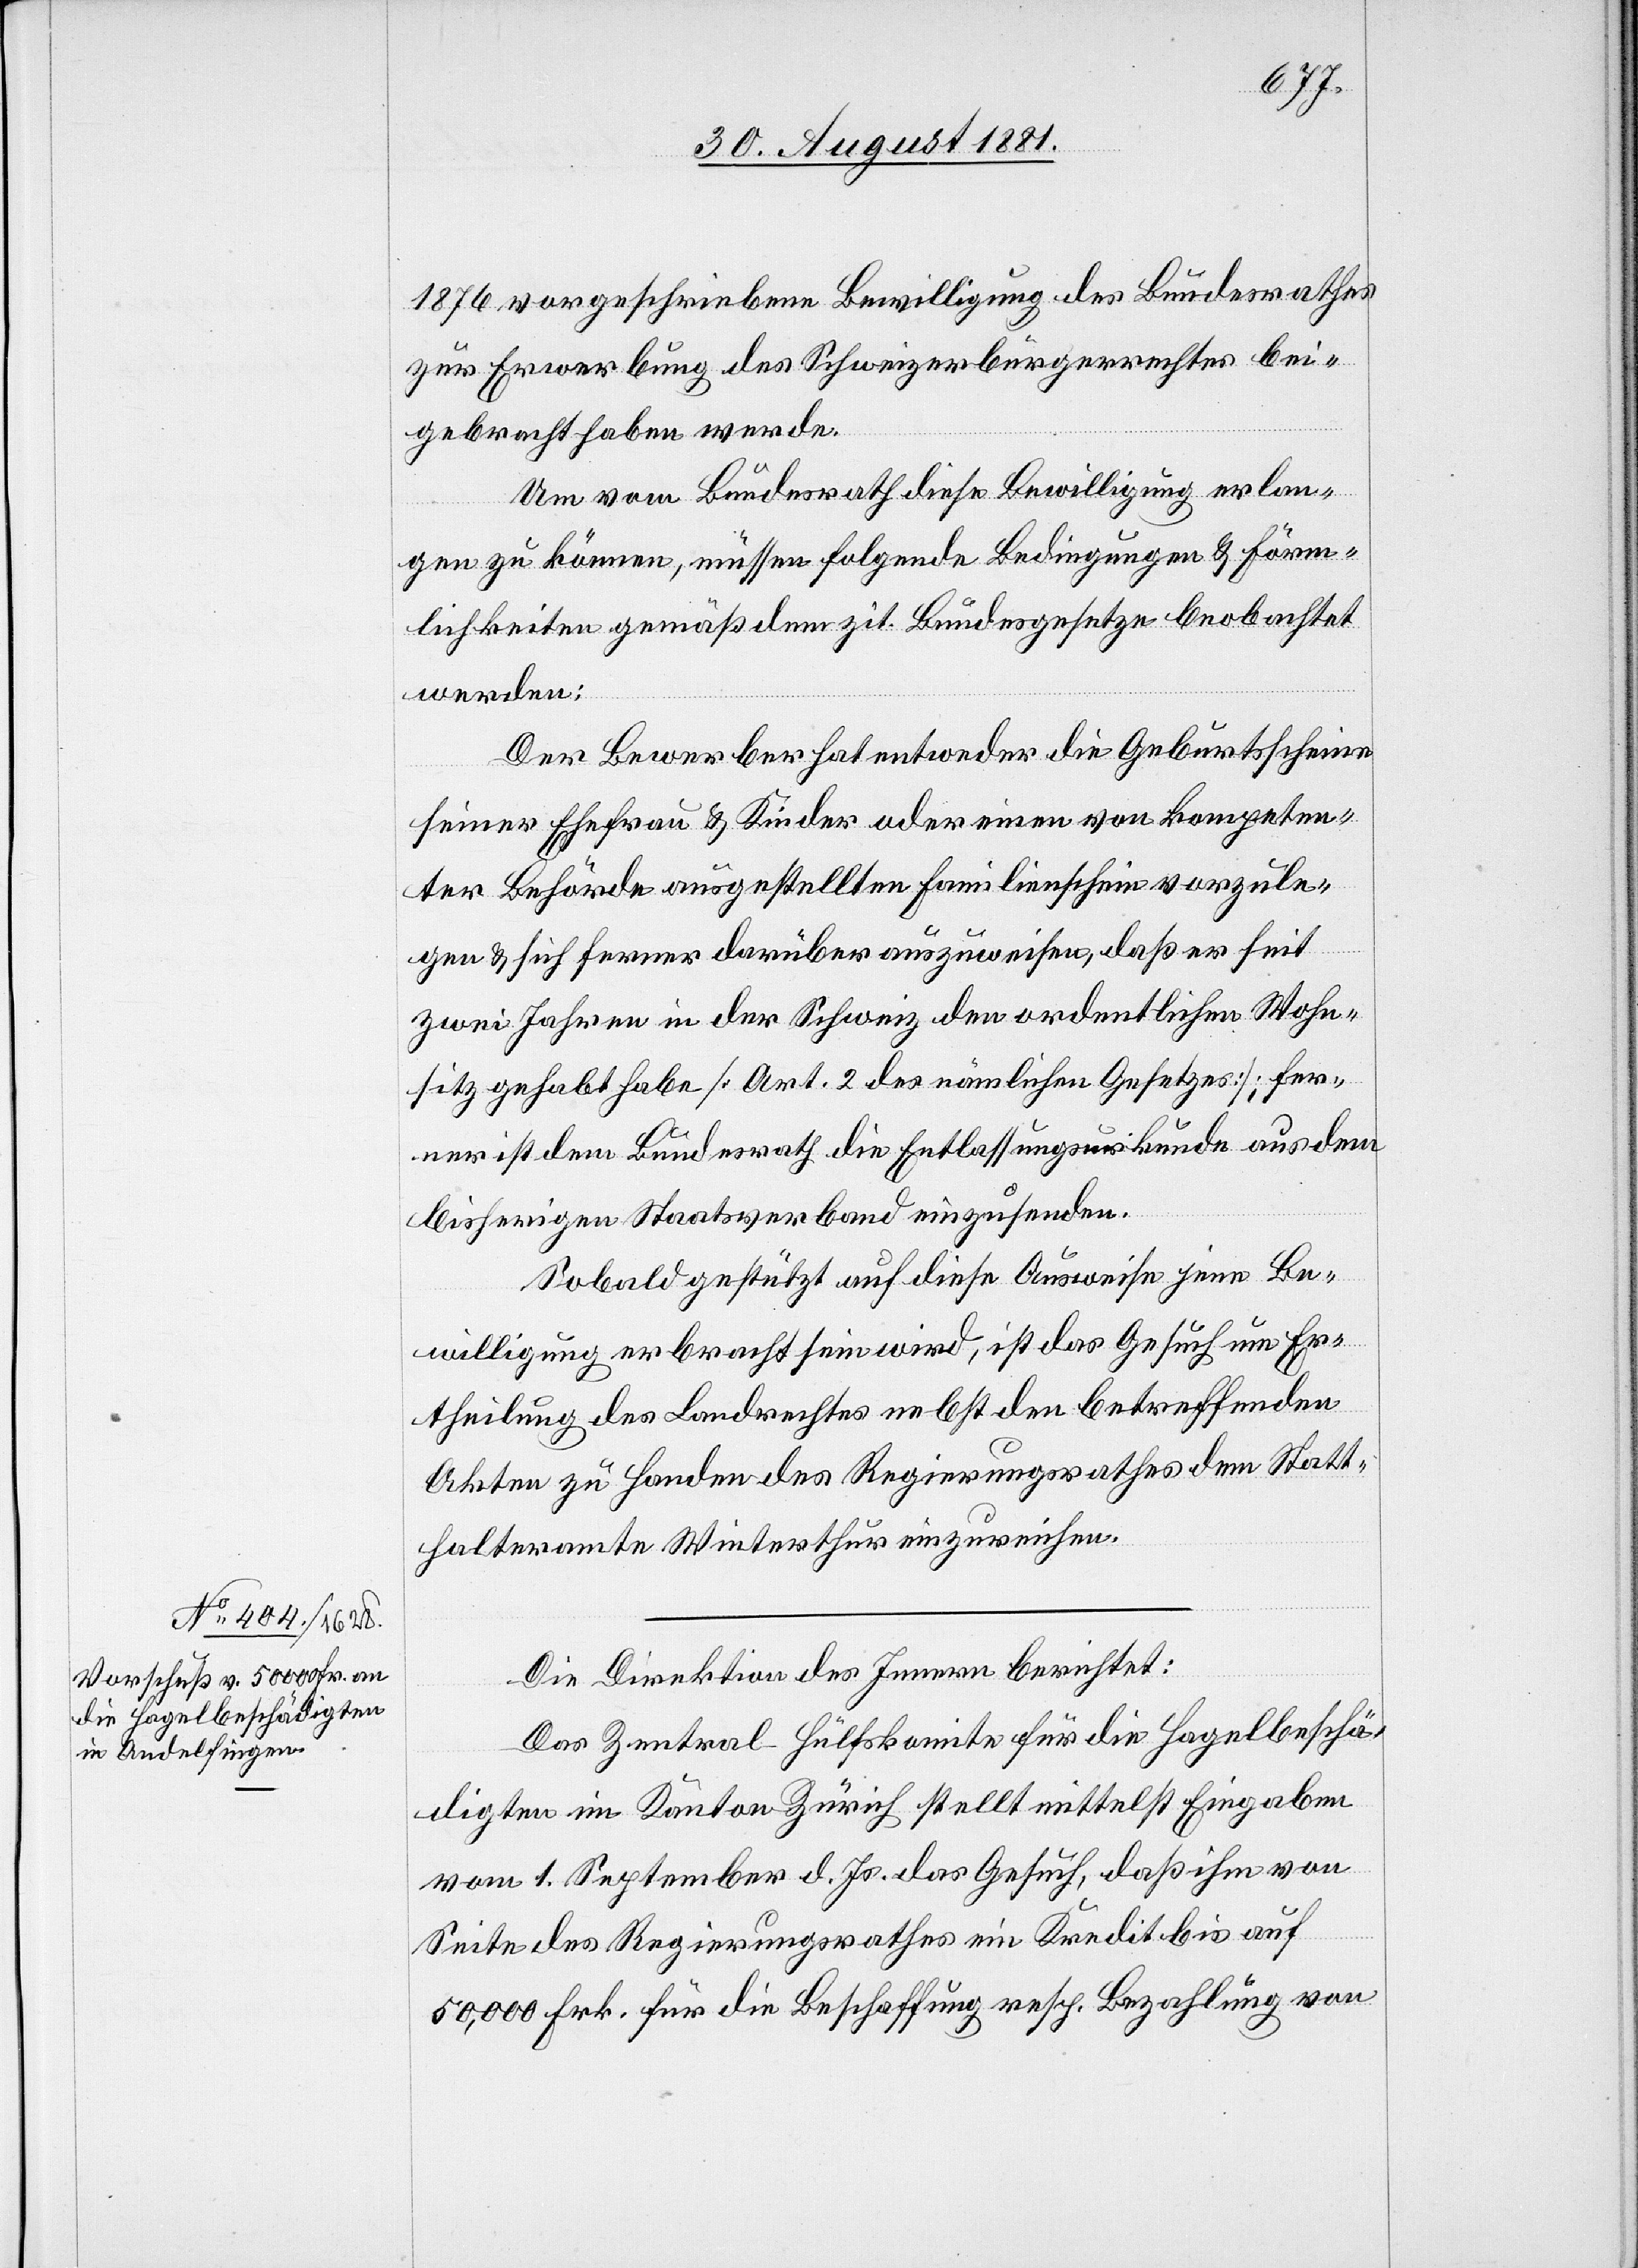
1876 vorgeschriebene Bewilligung des Bundesrathes
zur Erwerbung des Schweizerbürgerrechtes bei¬
gebracht haben werde.
Um vom Bundesrath diese Bewilligung erlan¬
gen zu können, müssen folgende Bedingungen & Förm¬
lichkeiten gemäß dem zit. Bundesgesetze beobachtet
werden:
Der Bewerber hat entweder die Geburtsscheine
seiner Ehefrau & Kinder oder einen von kompeten¬
ter Behörde ausgestellten Familienschein vorzule¬
gen & sich ferner darüber auszuweisen, daß er seit
zwei Jahren in der Schweiz den ordentlichen Wohn¬
sitz gehabt habe [Art. 2 des nämlichen Gesetzes]; Fer¬
ner ist dem Bundesrath die Entlassungsurkunde aus dem
bisherigen Staatsverband einzusenden.
Sobald gestützt auf diese Ausweise jene Be¬
willigung erbracht sein wird; ist das Gesuch um Er¬
theilung des Landrechtes nebst den betreffenden
Akten zu Handen des Regierungsrathes dem Statt¬
halteramte Winterthur einzureichen.
Die Direktion des Innern berichtet:
Das Zentral-Hülfskomite für die Hagelbeschä¬
digten im Kanton Zürich stellt mittelst Eingaben
vom 1 September d. Js. das Gesuch, daß ihm von
2.
Seite des Regierungsrathes ein Kredit bis auf
50,000 Frk. für die Beschaffung resp. Bezahlung von